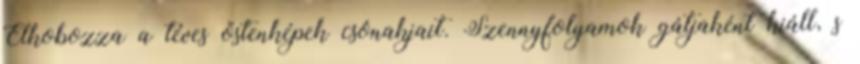
Elkobozza a téves őstenképek csónakjait. Szennyfolyamok gátjaként kiáll, s